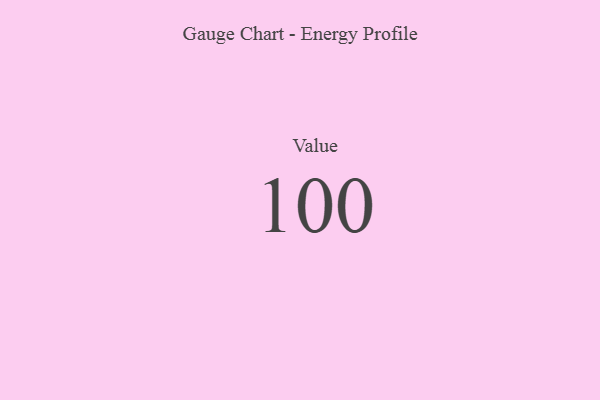
{"axis": {"x": "Metric", "y": "Value"}, "legend": [""], "data": [{"x": "Value", "y": 100, "type": ""}]}